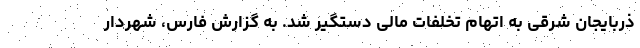
ذربایجان شرقی به اتهام تخلفات مالی دستگیر شد. به گزارش فارس، شهردار